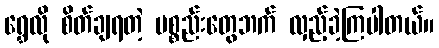
ရွှေလို စိတ်ချရတဲ့ ပစ္စည်းတွေဘက် လှည့်ခဲ့ကြပါတယ်။